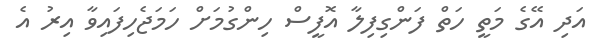
އަދި އޭގެ މަތީ ހަތް ފަންގިފިލާ އޮފީސް ހިންގުމަށް ހަމަޖެހިފައިވާ އިރު އެ